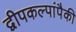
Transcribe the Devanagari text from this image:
द्वीपकल्पांपैकी